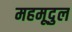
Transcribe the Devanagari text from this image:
महमूदुल